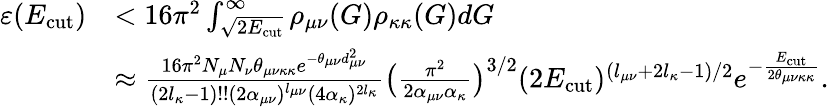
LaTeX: \begin{array}{rl}{\varepsilon(E_{\mathrm{cut}})}&{<16\pi^{2}\int_{\sqrt{2E_{\mathrm{cut}}}}^{\infty}\rho_{\mu\nu}(G)\rho_{\kappa\kappa}(G)dG}\\ &{\approx\frac{16\pi^{2}N_{\mu}N_{\nu}\theta_{\mu\nu\kappa\kappa}e^{-\theta_{\mu\nu}d_{\mu\nu}^{2}}}{(2l_{\kappa}-1)!!(2\alpha_{\mu\nu})^{l_{\mu\nu}}(4\alpha_{\kappa})^{2l_{\kappa}}}\big(\frac{\pi^{2}}{2\alpha_{\mu\nu}\alpha_{\kappa}}\big)^{3/2}(2E_{\mathrm{cut}})^{(l_{\mu\nu}+2l_{\kappa}-1)/2}e^{-\frac{E_{\mathrm{cut}}}{2\theta_{\mu\nu\kappa\kappa}}}.}\end{array}